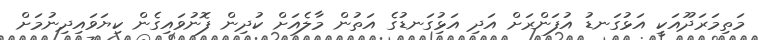
މަތިމަރަދޫއަކީ އަޅުގަނޑު އުފަންރަށް އަދި އަޅިުގަނޑުގެ އަތުން މާލެއަށް ކުދިން ފޮނުވައިގެން ކިޔަވައިދިނުމަށް